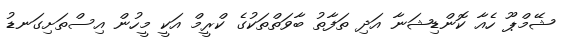
ޝޭމްޕޫ ހެއާ ކޮންޑިޝަނާ އަދި ތަފާތު ބާވަތްތަކުގެ ކްރީމް އަކީ މީހުން އިސްތަށިގަނޑު